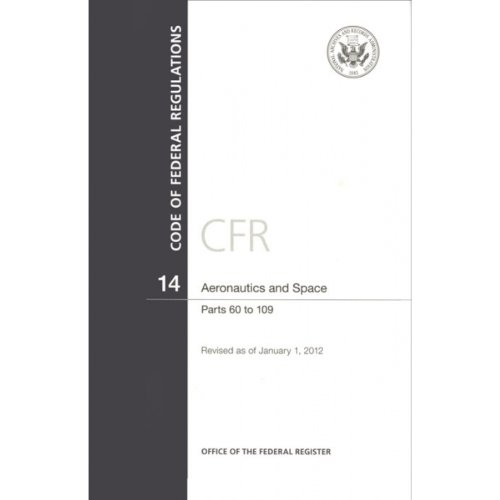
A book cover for Code of Federal Regulations, Title 14, Aeronautics and Space, Pt. 60-109, Revised as of January 1, 2012; Law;